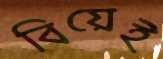
বিয়েই